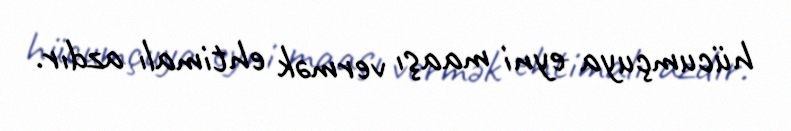
hücumçuya eyni maaşı vermək ehtimalı azdır.